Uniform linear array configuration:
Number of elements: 12
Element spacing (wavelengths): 1
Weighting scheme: exponential
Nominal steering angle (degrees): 0
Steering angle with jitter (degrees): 0.1646
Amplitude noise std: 0.05
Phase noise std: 0.05

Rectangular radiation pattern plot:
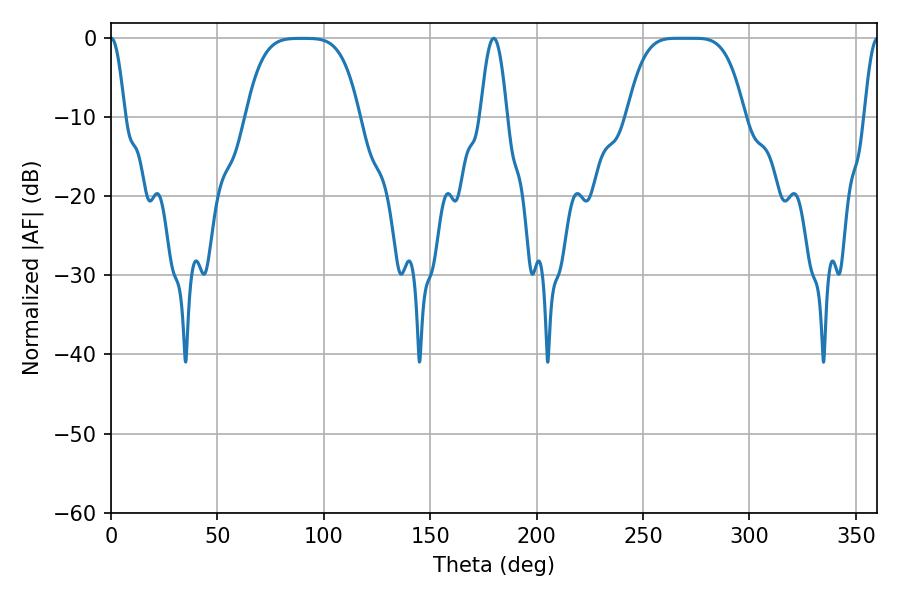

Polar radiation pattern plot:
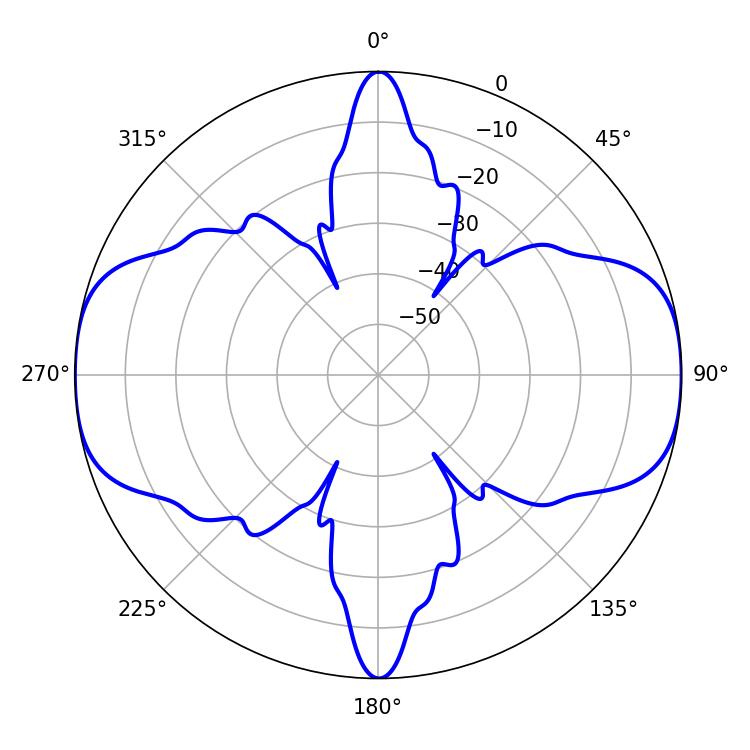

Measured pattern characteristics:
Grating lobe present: TRUE
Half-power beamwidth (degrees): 41.04
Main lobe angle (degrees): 265.68